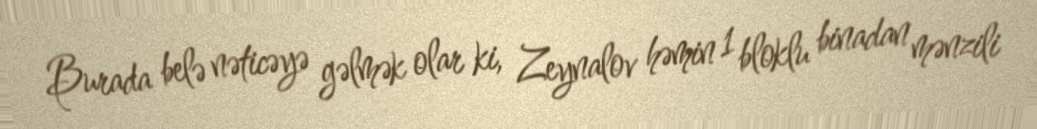
Burada belə nəticəyə gəlmək olar ki, Zeynalov həmin 1 bloklu binadan mənzili